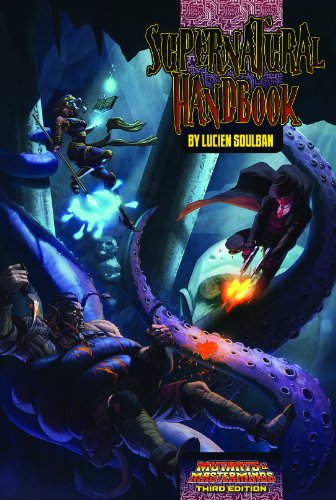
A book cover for M&M Supernatural Handbook; Lucien Soulban; Science Fiction & Fantasy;